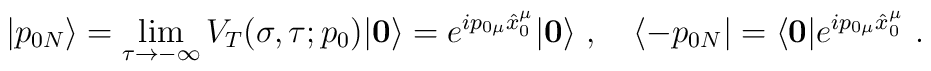
|p_{0N}\rangle=\lim_{\tau \rightarrow -\infty}V_{T}(\sigma,\tau;p_{0}) |\mathbf{0}\rangle =e^{ip_{0\mu}\hat{x}_{0}^{\mu}}  |\mathbf{0}\rangle~,\quad\langle -p_{0N}| =\langle \mathbf{0}| e^{ip_{0\mu}\hat{x}^{\mu}_{0}}~.